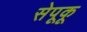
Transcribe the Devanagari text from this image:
सेपूकू